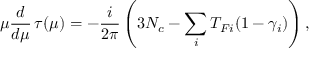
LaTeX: \mu { \frac { d } { d \mu } } \, \tau ( \mu ) = - { \frac { i } { 2 \pi } } \left( 3 N _ { c } - \sum _ { i } T _ { F i } ( 1 - \gamma _ { i } ) \right) ,